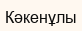
Кәкенұлы